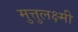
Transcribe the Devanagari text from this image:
मुत्तुलक्ष्मी